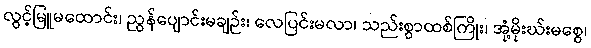
လွင့်မြူမထောင်း၊ ညွန်ပျောင်းမချဉ်း၊ လေပြင်းမလာ၊ သည်းစွာထစ်ကြိုး၊ အုံ့မိုးဃ်းမစွေ၊